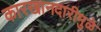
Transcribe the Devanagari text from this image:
कारखानदारीमुळे